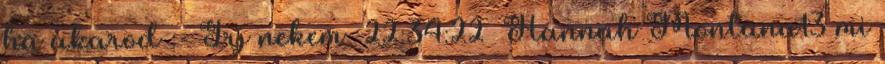
ha akarod :- Írj nekem 22:34:22 Hannah Montana13 mi